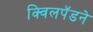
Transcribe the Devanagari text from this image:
क्विलपॅडने